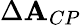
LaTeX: \Delta\mathbf{A}_{CP}